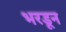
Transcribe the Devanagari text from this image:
भरडून